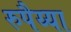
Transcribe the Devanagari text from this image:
रुपैय्या